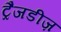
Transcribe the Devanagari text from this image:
ट्रैजडीज़